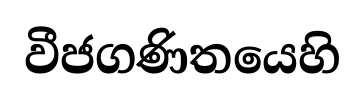
වීජගණිතයෙහි